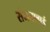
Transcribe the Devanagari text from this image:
संजनाबाई